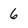
Character: 6